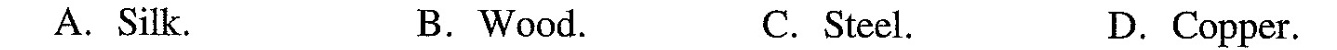
A.Silk. B.Wood. C.Steel. D.Copper.